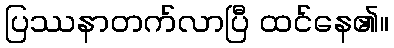
ပြဿနာတက်လာပြီ ထင်နေ၏။